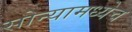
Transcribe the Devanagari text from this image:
सोन्यामध्येच